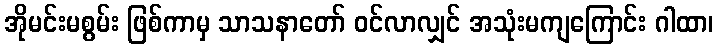
အိုမင်းမစွမ်း ဖြစ်ကာမှ သာသနာတော် ဝင်လာလျှင် အသုံးမကျကြောင်း ဂါထာ၊